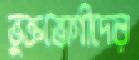
ভুক্তভোগীদের